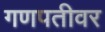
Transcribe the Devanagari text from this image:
गणपतीवर